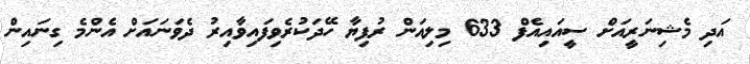
އަދި މެޝިނަރީއަށް ސީއައިއެފް 633 މިލިއަން ރުފިޔާ ހޭދަކުރެވިފައިވާއިރު ދެވަނައަށް އެންމެ ގިނައިން